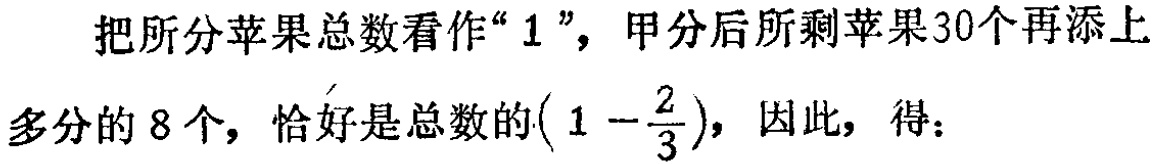
把所分苹果总数看作“$1$”，甲分后所剩苹果30个再添上

多分的8个，恰好是总数的$\left(1 - \dfrac{2}{3}\right)$，因此，得：